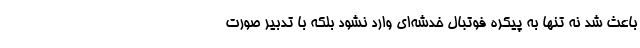
باعث شد نه تنها به پیکره فوتبال خدشه‌ای وارد نشود بلکه با تدبیر صورت